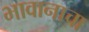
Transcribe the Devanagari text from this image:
भावानाचा